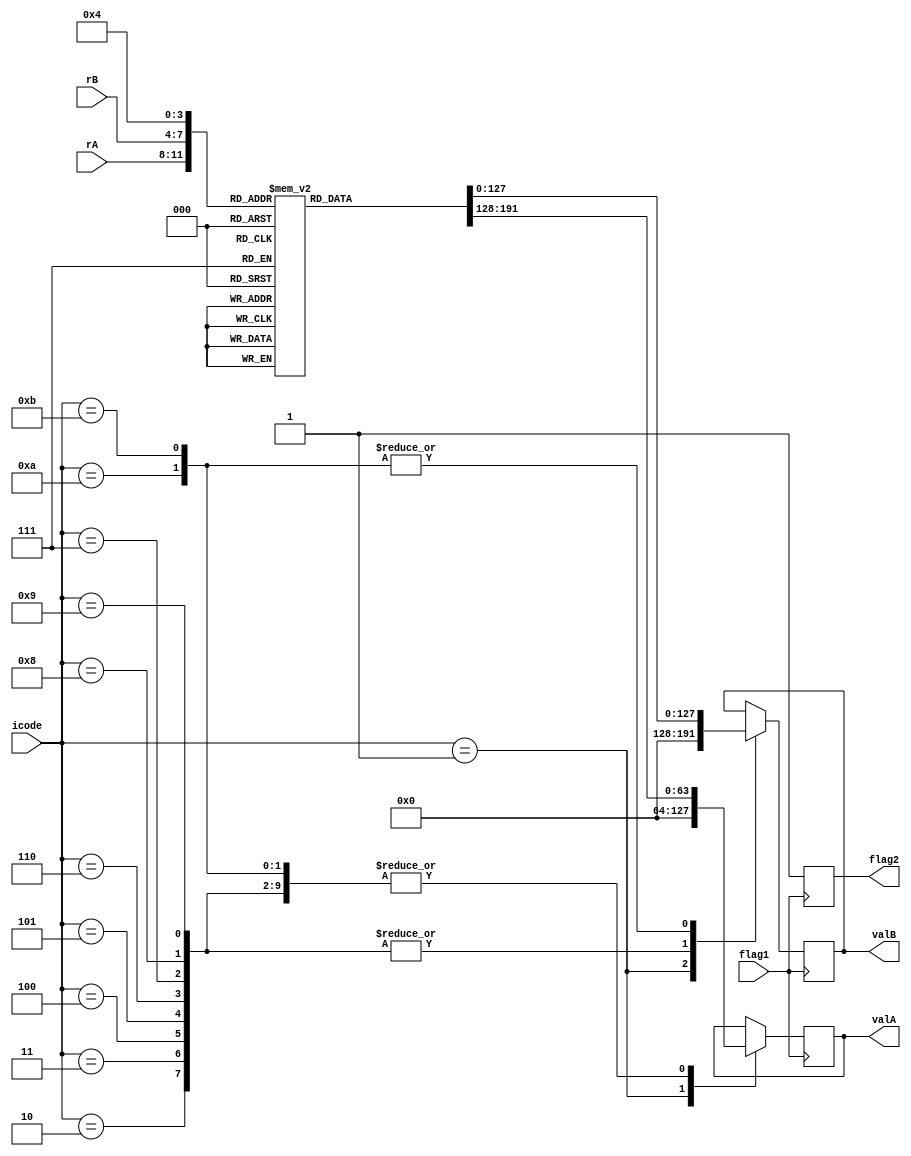
module decode(input flag1,input [3:0] rA, input [3:0] rB, input [3:0] icode, output [63:0] valA, output [63:0] valB, output flag2);
 
reg [63:0] regf [15:0];
reg [63:0] valA;
reg [63:0] valB;
reg flag2;

initial begin
	regf[0]=64'd0;
	regf[1]=64'd1;
	regf[2]=64'd2;
	regf[3]=64'd3;
	regf[4]=64'd4;
	regf[5]=64'd5;
	regf[6]=64'd6;
	regf[7]=64'd7;
	regf[8]=64'd8;
	regf[9]=64'd9;
	regf[10]=64'd10;
	regf[11]=64'd11;
	regf[12]=64'd12;
	regf[13]=64'd13;
	regf[14]=64'd14;
	regf[15]=64'd15;
end

always @(posedge flag1) begin
flag2=0;
	case(icode)
		1:
		begin
			valA=0;
			valB=0;
		end
		2:
		begin
			valA=regf[rA];
			valB=regf[rB];
		end
		3:
		begin
			valA=regf[rA];
			valB=regf[rB];
		end
		4:
		begin
			valA=regf[rA];
			valB=regf[rB];
		end
		5:
		begin
			valA=regf[rA];
			valB=regf[rB];
		end
		6:
		begin
			valA=regf[rA];
			valB=regf[rB];
		end
		7:
		begin
			valA=regf[rA];
			valB=regf[rB];
		end
		8:
		begin
			valA=regf[rA];
			valB=regf[rB];
		end
		9:
		begin
			valA=regf[rA];
			valB=regf[rB];
		end
		10:
		begin
			valA=regf[rA];
			valB=regf[4];
		end
		11:
		begin
			valA=regf[rA];
			valB=regf[4];
		end
	endcase
flag2=1;
end
endmodule